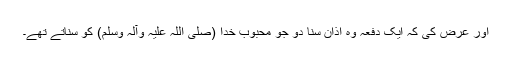
اور عرض کی کہ ایک دفعہ وہ اذان سنا دو جو محبوب خدا (صلی اللہ علیہ وآلہ وسلم) کو سناتے تھے۔